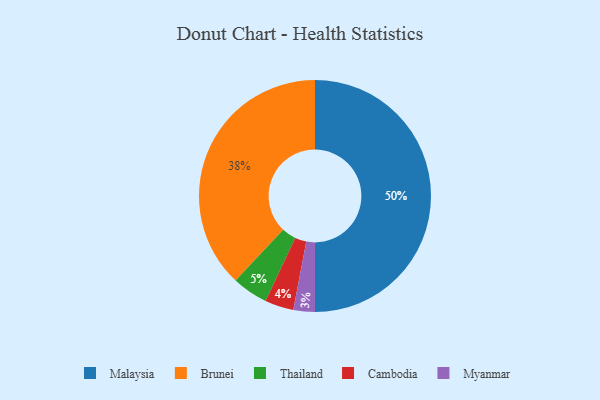
{"axis": {"x": "Category", "y": "Percentage"}, "legend": ["Brunei", "Cambodia", "Malaysia", "Myanmar", "Thailand"], "data": [{"x": "Myanmar", "y": 3, "type": "Myanmar"}, {"x": "Malaysia", "y": 50, "type": "Malaysia"}, {"x": "Thailand", "y": 5, "type": "Thailand"}, {"x": "Cambodia", "y": 4, "type": "Cambodia"}, {"x": "Brunei", "y": 38, "type": "Brunei"}]}